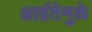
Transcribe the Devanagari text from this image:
आर्द्रतेमुळे